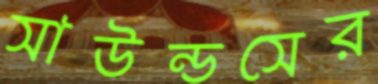
সাউন্ডসের